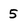
Character: 5